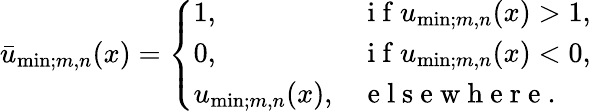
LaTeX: \begin{array}{r}{\bar{u}_{\mathrm{min};m,n}(x)=\left\{ \begin{array}{ll}{1,\quad}&{\mathrm{~i~f~}u_{\mathrm{min};m,n}(x)>1,}\\ {0,}&{\mathrm{~i~f~}u_{\mathrm{min};m,n}(x)<0,}\\ {u_{\mathrm{min};m,n}(x),}&{\mathrm{~e~l~s~e~w~h~e~r~e~.~}}\end{array}\right.}\end{array}